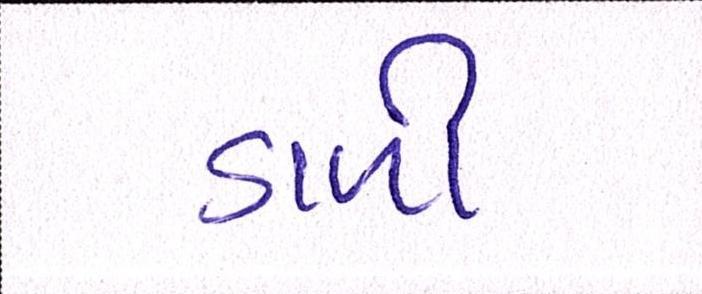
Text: ડાળી